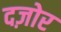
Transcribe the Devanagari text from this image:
दज़ोर